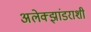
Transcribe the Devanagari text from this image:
अलेक्झांडराशी